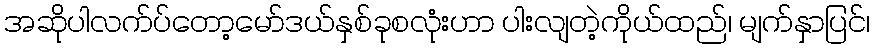
အဆိုပါလက်ပ်တော့မော်ဒယ်နှစ်ခုစလုံးဟာ ပါးလျတဲ့ကိုယ်ထည်၊ မျက်နှာပြင်၊